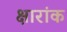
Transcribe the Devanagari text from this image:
क्षारांक